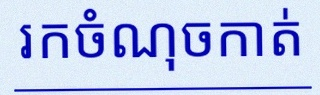
រកចំណុចកាត់